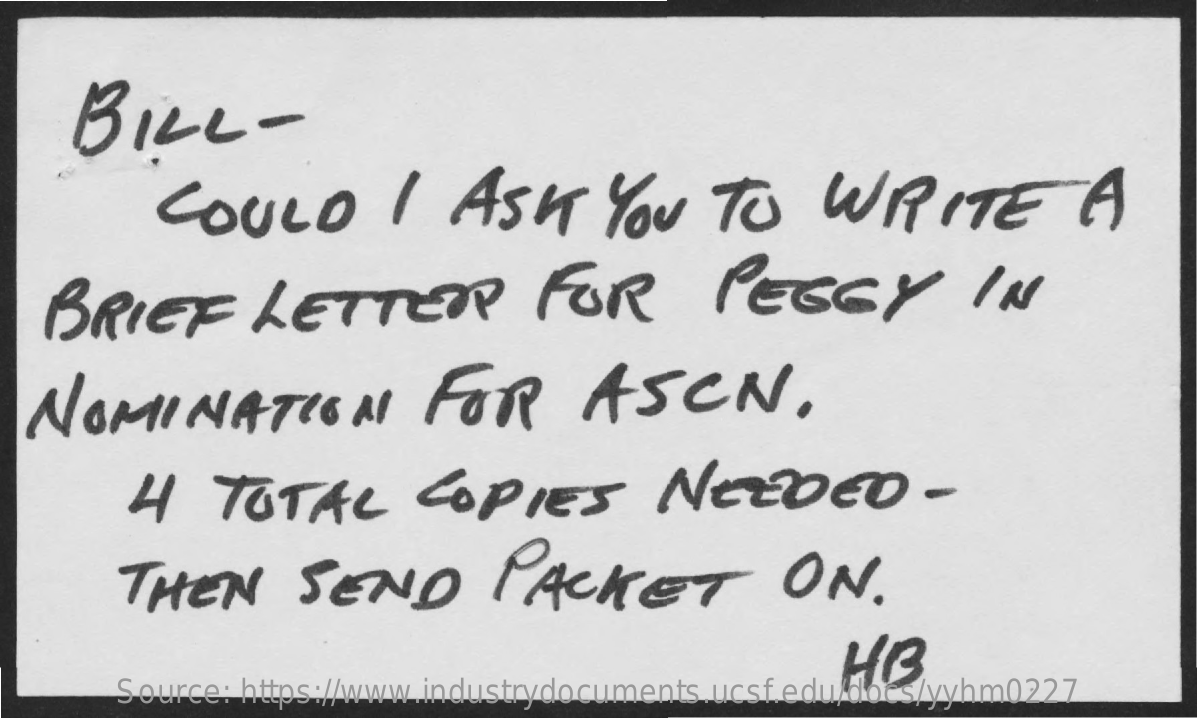
BILL    -
     COULD    I   ASK    YOU    TO    WRITE    A
   BRIEF    LETTER    FOR    PEGGY    IN
  NOMINATION    FOR    ASCN.
     4   TOTAL    COPIES    NEEDED    -
     THEN    SEND    PACKET    ON.
     HB
     Source: https://www.industrydocuments.ucsf.edu/docs/yyhm0227